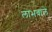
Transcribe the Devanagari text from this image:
लाभवाले